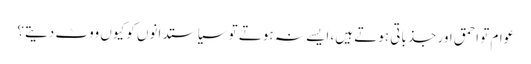
عوام تو احمق اور جذباتی ہوتے ہیں، ایسے نہ ہوتے تو سیاستدانوں کو کیوں ووٹ دیتے؟